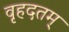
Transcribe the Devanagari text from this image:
वृहदतम्